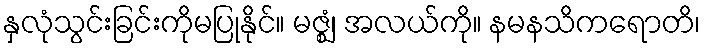
နှလုံသွင်းခြင်းကိုမပြုနိုင်။ မဇ္ဈံ၊ အလယ်ကို။ နမနသိကရောတိ၊